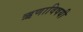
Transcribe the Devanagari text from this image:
ऋणाविषयी